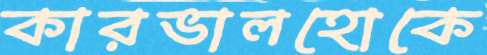
কারভালহোকে